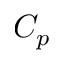
C _ { p }